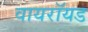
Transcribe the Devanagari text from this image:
वायरॉयड